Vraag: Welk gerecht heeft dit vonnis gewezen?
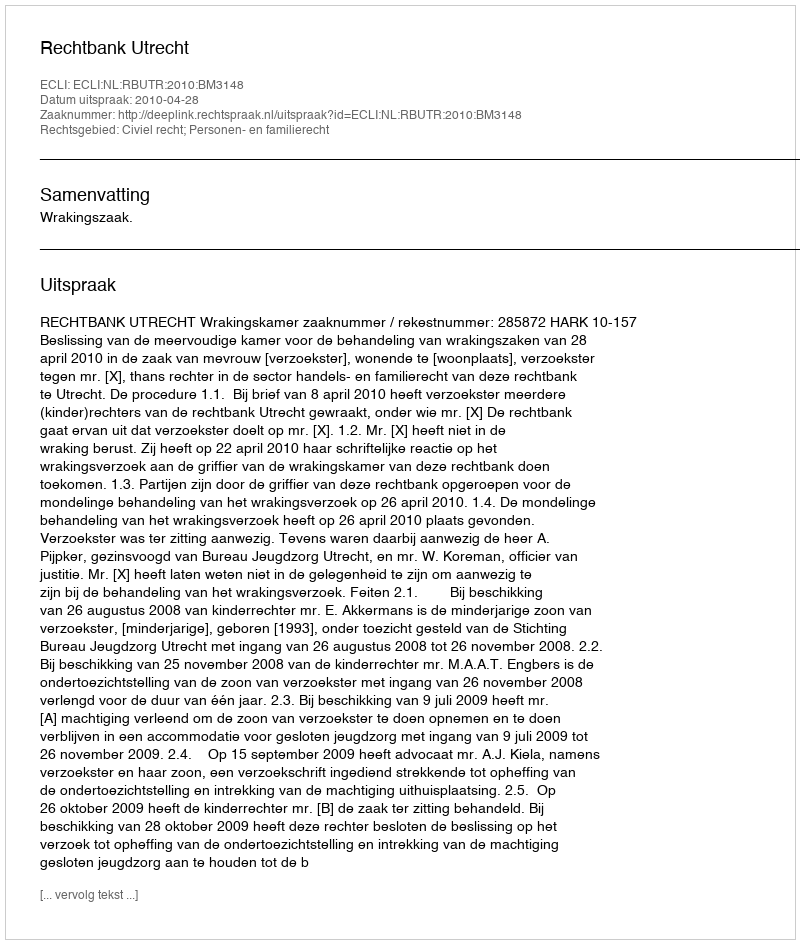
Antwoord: Rechtbank Utrecht